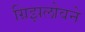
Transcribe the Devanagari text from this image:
ग्रिझलोवने